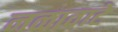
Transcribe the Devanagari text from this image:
नळावाटे